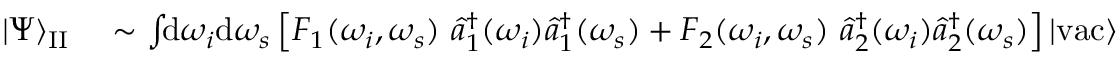
\begin{array} { r l } { | \Psi \rangle _ { \mathrm { I I } } } & { { } \sim \int \! \! \mathrm { d } \omega _ { i } \mathrm { d } \omega _ { s } \left[ F _ { 1 } ( \omega _ { i } , \omega _ { s } ) \, \, \hat { a } _ { 1 } ^ { \dagger } ( \omega _ { i } ) \hat { a } _ { 1 } ^ { \dagger } ( \omega _ { s } ) + F _ { 2 } ( \omega _ { i } , \omega _ { s } ) \, \, \hat { a } _ { 2 } ^ { \dagger } ( \omega _ { i } ) \hat { a } _ { 2 } ^ { \dagger } ( \omega _ { s } ) \right] | \mathrm { v a c } \rangle } \end{array}